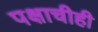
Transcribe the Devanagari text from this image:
पक्षाचीही